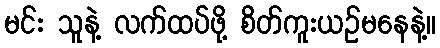
မင်း သူနဲ့ လက်ထပ်ဖို့ စိတ်ကူးယဉ်မနေနဲ့။